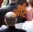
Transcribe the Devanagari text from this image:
अँटि